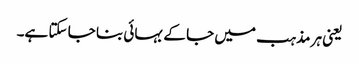
یعنی ہر مذہب میں جا کے بہائی بنا جا سکتا ہے۔